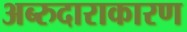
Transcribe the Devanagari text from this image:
अब्‍रुदाराकारण